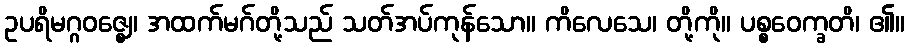
ဥပရိမဂ္ဂဝဇ္ဈေ၊ အထက်မဂ်တို့သည် သတ်အပ်ကုန်သော။ ကိလေသေ၊ တို့ကို။ ပစ္စဝေက္ခတိ၊ ၏။